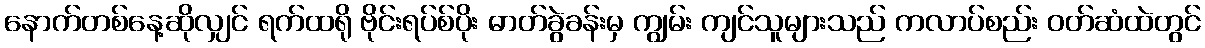
နောက်တစ်နေ့ဆိုလျှင် ရက်ထရို ဗိုင်းရပ်စ်ပိုး ဓာတ်ခွဲခန်းမှ ကျွမ်း ကျင်သူများသည် ကလာပ်စည်း ဝတ်ဆံထဲတွင်